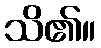
သိ၏။